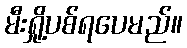
မီးရှို့ပစ်ရပေမည်။